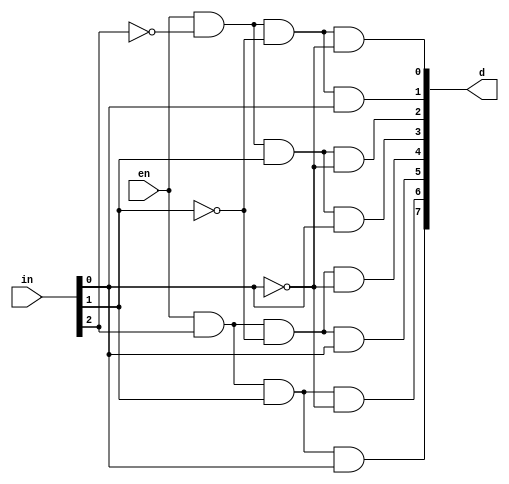
`timescale 1ns / 1ps
//////////////////////////////////////////////////////////////////////////////////
// Company: 
// Engineer: 
// 
// Design Name: 
// Module Name: Decoder
// Project Name: 
// Target Devices: 
// Tool Versions: 
// Description: 
// 
// Dependencies: 
// 
// Revision:
// Revision 0.01 - File Created
// Additional Comments:
// 
//////////////////////////////////////////////////////////////////////////////////


module Decoder(
    input [2:0]in,
    input en,
    output [7:0]d
    );
assign d[0] = en & (~in[2]) & (~in[1]) & (~in[0]);
assign d[1] = en & (~in[2]) & (~in[1]) & (in[0]);
assign d[2] = en & (~in[2]) & (in[1]) & (~in[0]);
assign d[3] = en & (~in[2]) & (in[1]) & (in[0]);
assign d[4] = en & (in[2]) & (~in[1]) & (~in[0]);
assign d[5] = en & (in[2]) & (~in[1]) & (in[0]);
assign d[6] = en & (in[2]) & (in[1]) & (~in[0]);
assign d[7] = en & (in[2]) & (in[1]) & (in[0]);
endmodule